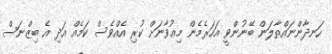
ހަނދާންނައްތާލަން ބޭނުންވީ އަހަރެމެން މިޢުވާނަށް ކުރި އެއްވެސް ކަމެއް އަދި އެ ބިޒްނަސް